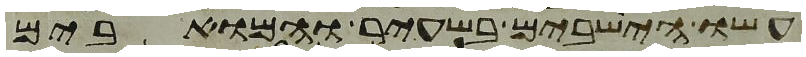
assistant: עשו הישבים בשעיר והמואבים